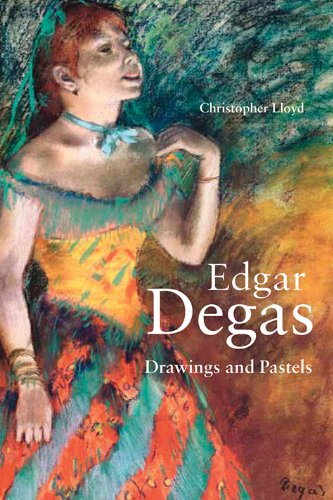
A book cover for Edgar Degas: Drawings and Pastels; Christopher Lloyd; Arts & Photography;